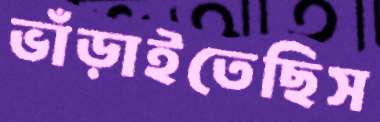
ভাঁড়াইতেছিস